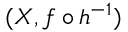
( X , f \circ h ^ { - 1 } )